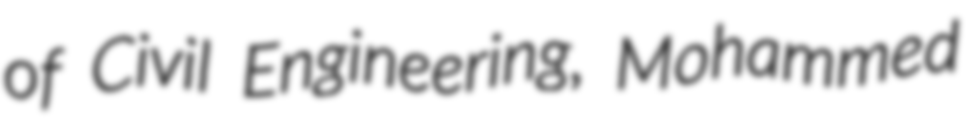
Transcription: of Civil Engineering, Mohammed